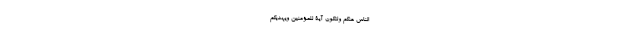
النَّاسِ عَنْكُمْ وَلِتَكُونَ آيَةً لِلْمُؤْمِنِينَ وَيَهْدِيَكُمْ